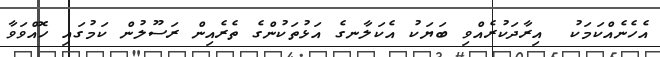
އެހެނެއްކަމަކު  އިރާދަކުރެއްވި ބަޔަކު އެކަލާނގެ އަޅުތަކުންގެ ތެރެއިން ރަސޫލުން ކަމުގައި ހޮއްވަވާ